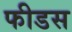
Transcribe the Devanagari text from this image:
फीडस